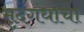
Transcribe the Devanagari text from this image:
मृदगंधाचा